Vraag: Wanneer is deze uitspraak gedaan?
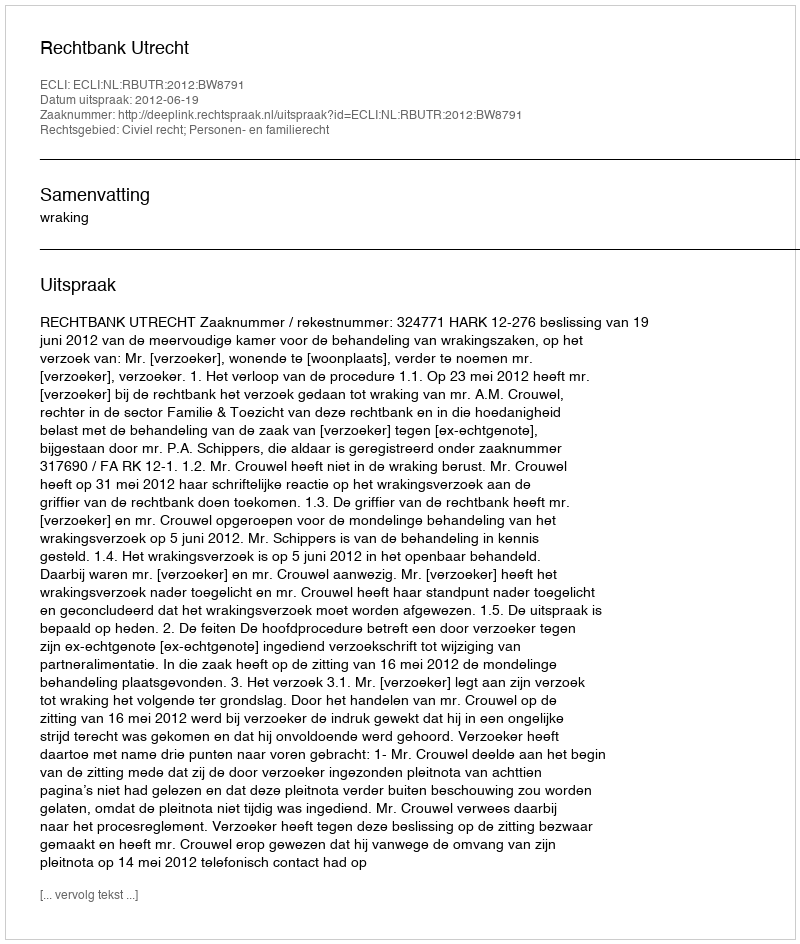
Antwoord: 2012-06-19